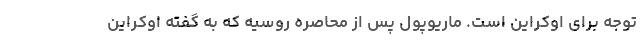
توجه برای اوکراین است. ماریوپول پس از محاصره روسیه که به گفته اوکراین